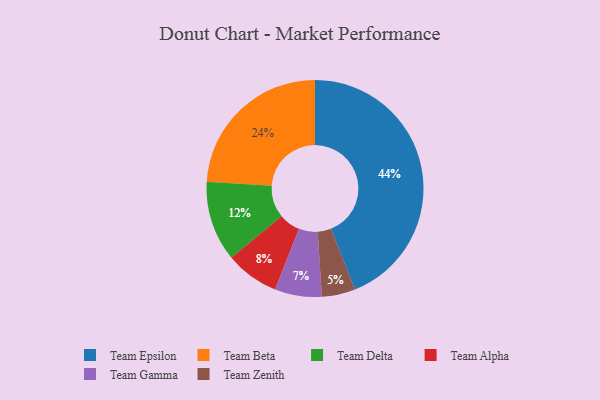
{"axis": {"x": "Category", "y": "Percentage"}, "legend": ["Team Alpha", "Team Beta", "Team Delta", "Team Epsilon", "Team Gamma", "Team Zenith"], "data": [{"x": "Team Alpha", "y": 8, "type": "Team Alpha"}, {"x": "Team Beta", "y": 24, "type": "Team Beta"}, {"x": "Team Epsilon", "y": 44, "type": "Team Epsilon"}, {"x": "Team Gamma", "y": 7, "type": "Team Gamma"}, {"x": "Team Delta", "y": 12, "type": "Team Delta"}, {"x": "Team Zenith", "y": 5, "type": "Team Zenith"}]}